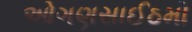
ઓગણસાઈઠમો